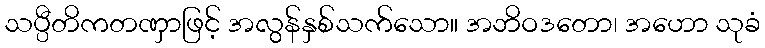
သပ္ပီတိကတဏှာဖြင့် အလွန်နှစ်သက်သော။ အဘိဝဒတော၊ အဟော သုခံ